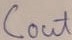
Text: Cout